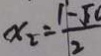
x _ { 2 } = \frac { 1 - \sqrt { 1 0 } } { 2 }